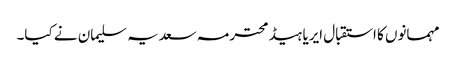
مہمانوں کا استقبال ایریا ہیڈ محترمہ سعدیہ سلیمان نے کیا۔